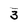
Character: 3